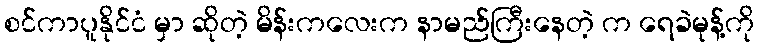
စင်ကာပူနိုင်ငံ မှာ ဆိုတဲ့ မိန်းကလေးက နာမည်ကြီးနေတဲ့ က ရေခဲမုန့်ကို